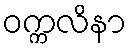
ဝက္ကလိနာ